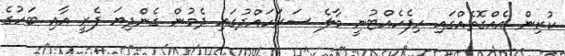
ކުރިން އެއްގޮތެއްގައި ހިފެހެއްޓުނީ މާލެ ސަރަހައްދުގައި ދެމުން ގެންދިޔަ ފެރީ އާއި ބަހުގެ